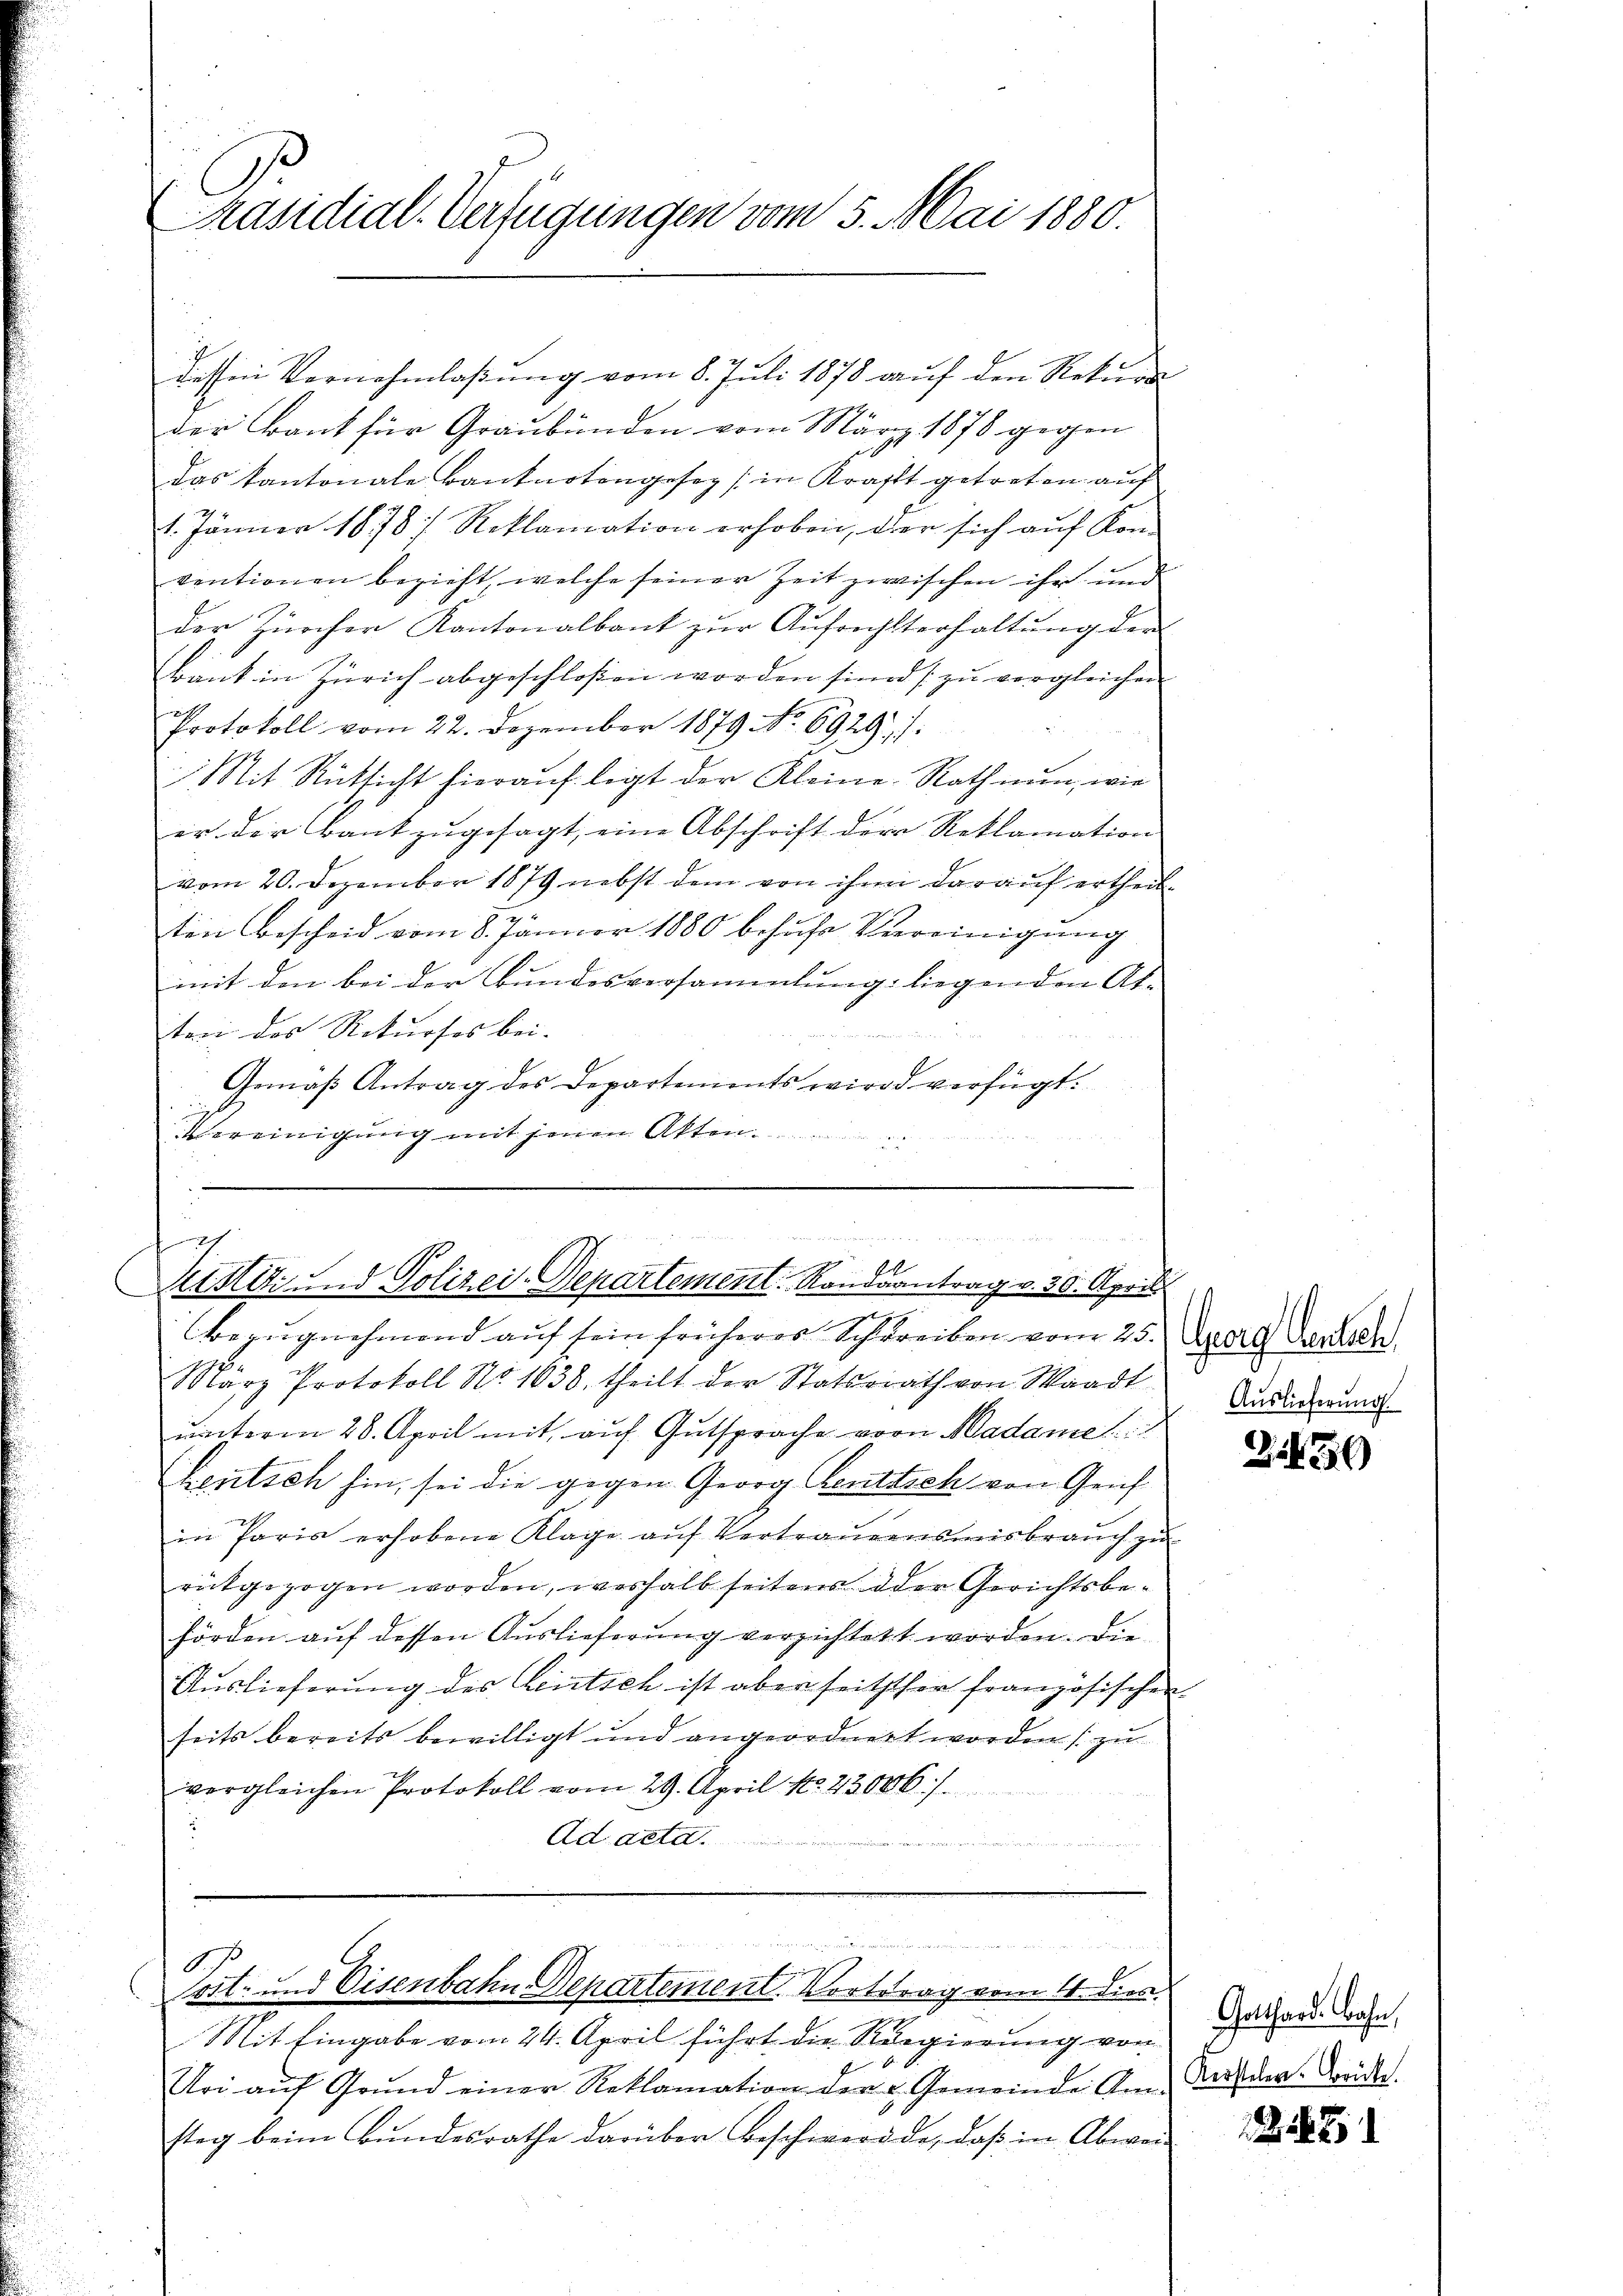
C
Präsidial-Verfügungen vom 5. Mai 1880.

dessen Vernehmlaβŭng vom 8. Juli 1878 auf den Rekur
der Bank für Graubünden vom März 1878 gegen
das Kantonale Banknotengesez / in Kraft getreten auf
1. Jänner 1878 Reklamation erhoben, der sich auf Kon-
ventionen bezieht, welche seiner Zeit zwischen ihr und
der Zürcher Kantonalbank zur Aufrechtserhaltung der
Bank in Zürich abgeschlossen worden sind / zu vergleichen
Protokoll vom 22. Dezember 1879 No 6929).
1. Mit Rücksicht hierauf legt der Kleine Rath nun, wie
er der Bantzugesagt, eine Abschrift der Reklamation
vom 20. Dezember 1879 nebst dem von ihm darauf ertheilten Bescheid vom 8. Jänner 1880 besuche Verreinigung
mit den bei der Bundesversammlung liegenden Ab-
ten des Rekurses bei.
Gemäß Antrag des Departements wird verfügt:
Vereinigung mit jenen Akten.

g

.
2
1
Letsitz und Polizei-Departement. Randsantrag v. 30. April

de ich ein gegen den in den
17
b
oit- und Eisenbahn-Departement. Vortrag vom 14. dies

Mit Eingabe vom 24. April führt die Regierung von
Uri aŭf Grŭnd einer Reklamation der u. Gemeinde Am-
stag beim Bŭndesrathe darüber Beschwerd da, daß in Abwei

Bezŭgnehmend aŭf sein früheres Schreiben vom 25. Aporg Denke
März Protokoll No 1638. theilt der Statsrath von Waadt Ermann
unterm 28. April mit auf Gutsprache vorn Madame
Teutsch hin, sei die gegen Georg Centisch von Genf
in Paris erhobene Klage auf Vertrauensmisbrauch zu
rückgezogen worden, weshalb seitens der Gerichtsbehörden auf dessen Auslieferung verzichtet worden. Die
Auslieferung des Leutsch ist aber seitsther französischen
seits bereits bewilligt und angeordnert worden (zu
vergleichen Protokoll vom 29. April No. 23006/
Ad acta.

Z 30

Gotthard. Bahn,
Versteler. Brücke.

1187